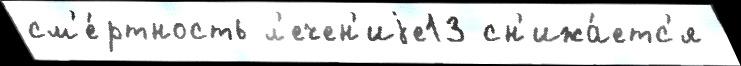
см'е́ртность л'ечен'иjе13 сн'ижа́етс'я